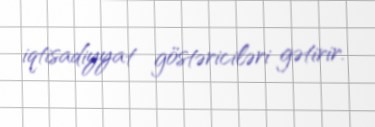
iqtisadiyyat göstəriciləri gətirir.